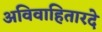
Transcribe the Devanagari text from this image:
अविवाहितारदे